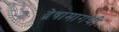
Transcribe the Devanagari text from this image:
द्वेषामागची